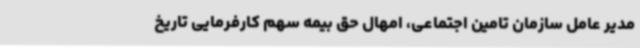
مدیر عامل سازمان تامین اجتماعی، امهال حق بیمه سهم کارفرمایی تاریخ